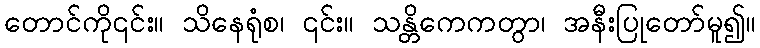
တောင်ကို၎င်း။ သိနေရုံစ၊ ၎င်း။ သန္တိကေကတွာ၊ အနီးပြုတော်မူ၍။